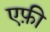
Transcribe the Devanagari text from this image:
एफ़ी